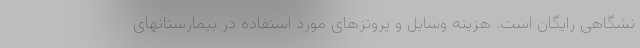
نشگاهی رایگان است. هزینه وسایل و پروتزهای مورد استفاده در بیمارستانهای